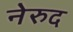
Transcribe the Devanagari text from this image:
नेरुद